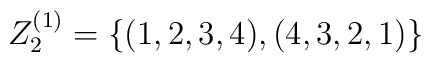
Z_2^{(1)}=\{(1,2,3,4), (4,3,2,1)\}